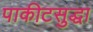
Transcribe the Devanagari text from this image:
पाकीटसुद्धा